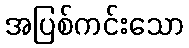
အပြစ်ကင်းသော